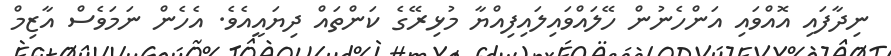
ނިދާފައި އޮއްވައި އަންހެނުން ހޭލައްވައިލައިފިއްޔާ މުޅިރޭގެ ކަންތައް ދިޔައީއެވެ. އެހެން ނަމަވެސް އާޒިމް